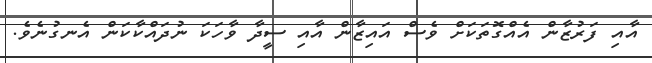
އާއި ފަރުޒާން އެއްގޮތަކަށް ވެސް އައިޒާން އާއި ސީދާ ވާހަކަ ނުދައްކާކަން އެނގުނެވެ.